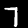
Label: 7